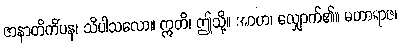
ဇာနာတိကိံပန၊ သိပါသလော။ ဣတိ၊ ဤသို့။ အာဟ၊ လျှောက်၏။ မဟာရာဇ၊